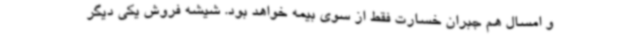
و امسال هم جبران خسارت فقط از سوی بیمه خواهد بود. شیشه فروش یکی دیگر